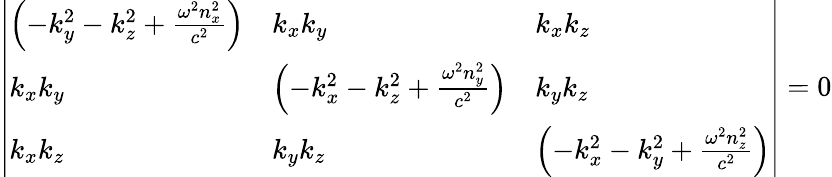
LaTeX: {\left|\begin{array}{lll}{\left(-k_{y}^{2}-k_{z}^{2}+{\frac{\omega^{2}n_{x}^{2}}{c^{2}}}\right)}&{k_{x}k_{y}}&{k_{x}k_{z}}\\ {k_{x}k_{y}}&{\left(-k_{x}^{2}-k_{z}^{2}+{\frac{\omega^{2}n_{y}^{2}}{c^{2}}}\right)}&{k_{y}k_{z}}\\ {k_{x}k_{z}}&{k_{y}k_{z}}&{\left(-k_{x}^{2}-k_{y}^{2}+{\frac{\omega^{2}n_{z}^{2}}{c^{2}}}\right)}\end{array}\right|}=0